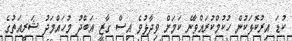
ކުޑަ އިރުކޮޅަކުން ހުކުމްކުރައްވާނެ ކަމަށް ވިދާޅުވެ އިސް ގާޒީ އަބްދު މުހައްމަދު ޝަރީއަތުގެ